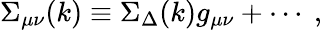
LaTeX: \Sigma_{\mu\nu}(k)\equiv\Sigma_{\Delta}(k)g_{\mu\nu}+\cdots\ ,